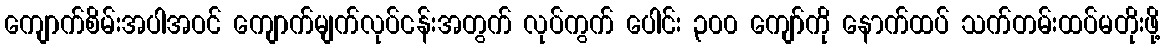
ကျောက်စိမ်းအပါအဝင် ကျောက်မျက်လုပ်ငန်းအတွက် လုပ်ကွက် ပေါင်း ၃၀၀ ကျော်ကို နောက်ထပ် သက်တမ်းထပ်မတိုးဖို့